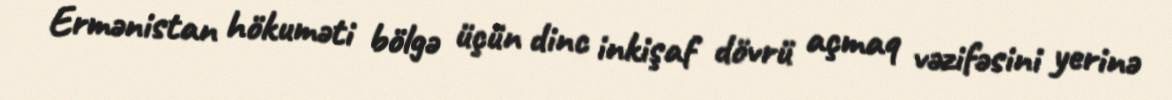
Ermənistan hökuməti bölgə üçün dinc inkişaf dövrü açmaq vəzifəsini yerinə